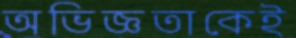
অভিজ্ঞতাকেই